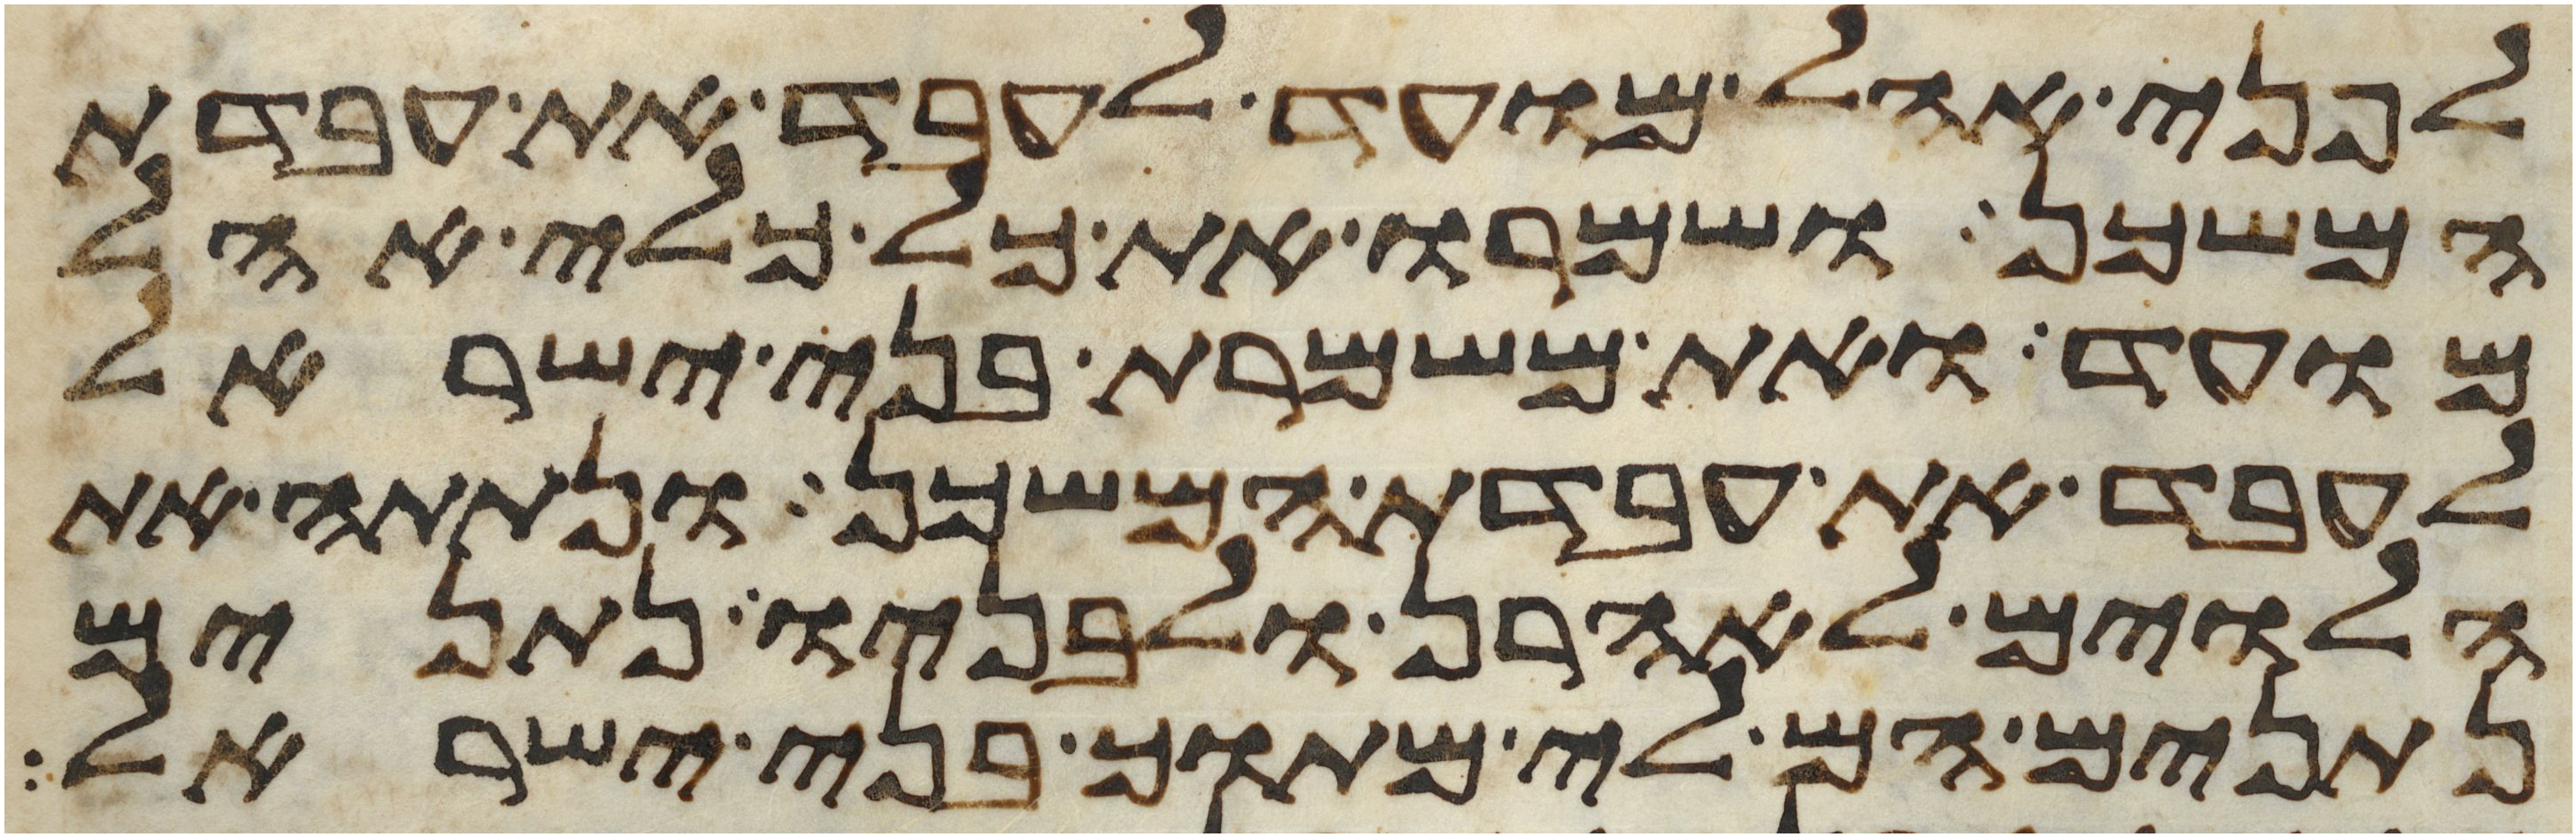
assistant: לפני אהל מועד לעבד את עבדת
המשכן ושמרו את כל כלי אהל
מועד ואת משמרת בני ישראל
לעבד את עבדת המשכן ונתתה את
הלוים לאהרן ולבניו נתנים
נתנים הם לי מתוך בני ישראל